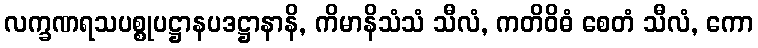
လက္ခဏရသပစ္စုပဋ္ဌာနပဒဋ္ဌာနာနိ, ကိမာနိသံသံ သီလံ, ကတိဝိဓံ စေတံ သီလံ, ကော